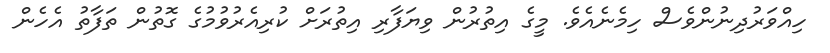
ހިއްވަރުދިނުންވެސް ހިމެނެއެވެ. މީގެ އިތުރުން ވިޔަފާރި އިތުރަށް ކުރިއެރުވުމުގެ ގޮތުން ތަފާތު އެހެން